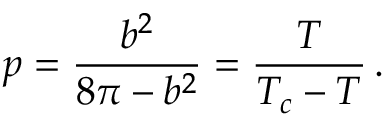
p = \frac { b ^ { 2 } } { 8 \pi - b ^ { 2 } } = \frac { T } { T _ { c } - T } \, .